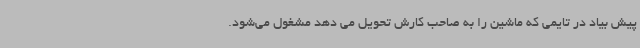
پیش بیاد در تایمی که ماشین را به صاحب کارش تحویل می دهد مشغول می‌شود.